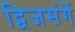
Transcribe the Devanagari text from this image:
द्विजसंगें